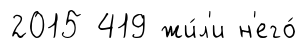
2015 419 жи́л'и н'его́